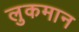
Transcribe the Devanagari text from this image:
लुकमान